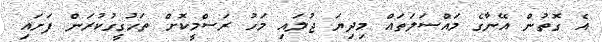
އެ ގޮތުން އޭނާގެ މައްސަލަތައް މިދިޔަ ޖުލައި މަހު ރަސްމީކޮށް ތަހުގީގުކުރަން ފަށައި